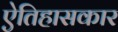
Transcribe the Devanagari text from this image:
ऐतिहासकार